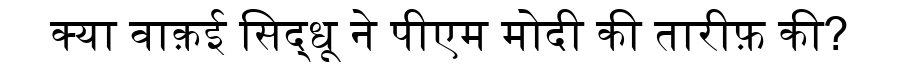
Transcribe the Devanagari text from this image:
क्या वाक़ई सिद्धू ने पीएम मोदी की तारीफ़ की?